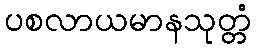
ပစလာယမာနသုတ္တံ